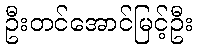
ဦးတင်အောင်မြင့်ဦး